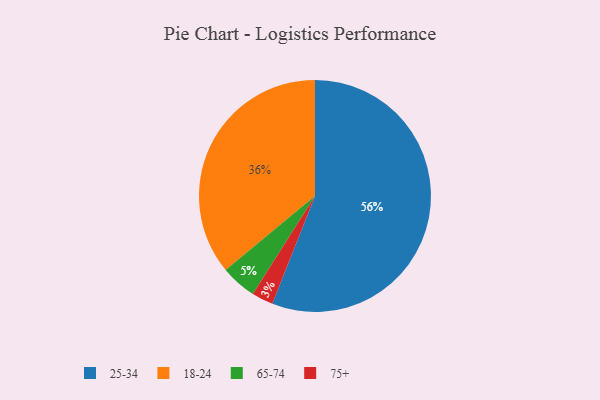
{"axis": {"x": "Category", "y": "Percentage"}, "legend": ["18-24", "25-34", "65-74", "75+"], "data": [{"x": "25-34", "y": 56, "type": "25-34"}, {"x": "18-24", "y": 36, "type": "18-24"}, {"x": "65-74", "y": 5, "type": "65-74"}, {"x": "75+", "y": 3, "type": "75+"}]}